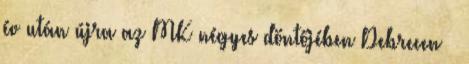
év után újra az MK négyes döntőjében Debrecen –